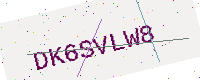
Text: DK6SVLW8